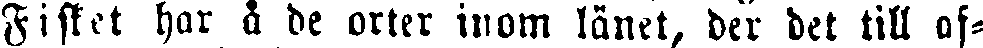
Fisket har å de orter inom länet, der det till af-